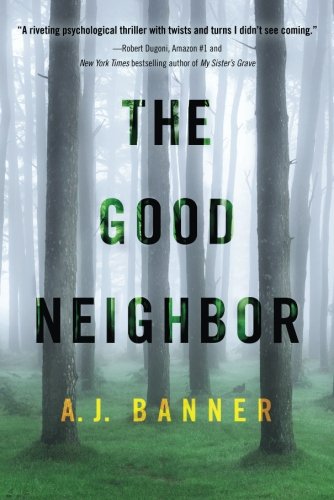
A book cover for The Good Neighbor; A. J. Banner; Mystery, Thriller & Suspense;